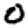
Digit: 0